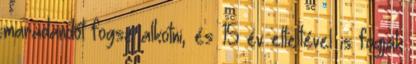
maradandót fogsz alkotni, és 15 év elteltével is fogják